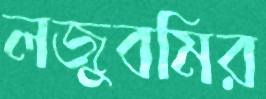
লজুবমির